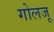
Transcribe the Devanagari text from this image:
गोलजू